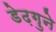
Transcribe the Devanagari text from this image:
डेढ़गुने